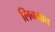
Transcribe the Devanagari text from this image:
लिबमान